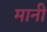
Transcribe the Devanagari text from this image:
मानीं